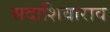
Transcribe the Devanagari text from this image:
सदाशिवाराव